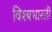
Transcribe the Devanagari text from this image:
विश्बभारती